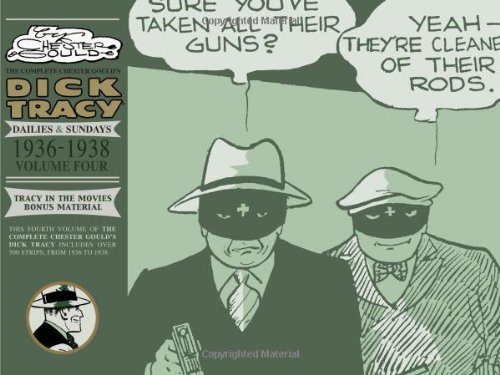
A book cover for Complete Chester Gould's Dick Tracy Volume 4 (v. 4); Chester Gould; Humor & Entertainment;